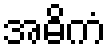
အဓိကံ